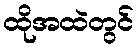
ထိုအထဲတွင်